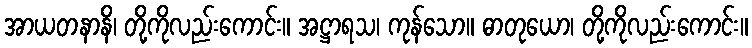
အာယတနာနိ၊ တို့ကိုလည်းကောင်း။ အဋ္ဌာရသ၊ ကုန်သော။ ဓာတုယော၊ တို့ကိုလည်းကောင်း။